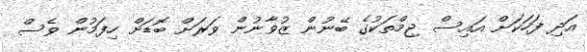
އަދި ފަހަކަށް އައިސް ޖިމްތަކުގެ ބޭނުން ޒުވާނުން ވަރަށް ބޮޑަށް ހިފަމުން ވެސް